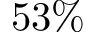
5 3 \%